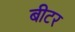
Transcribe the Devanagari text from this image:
बीटर